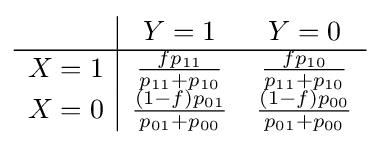
{\begin{array}{c|cc}&Y=1&Y=0\\\hline X=1&{\frac {fp_{11}}{p_{11}+p_{10}}}&{\frac {fp_{10}}{p_{11}+p_{10}}}\\X=0&{\frac {(1-f)p_{01}}{p_{01}+p_{00}}}&{\frac {(1-f)p_{00}}{p_{01}+p_{00}}}\end{array}}